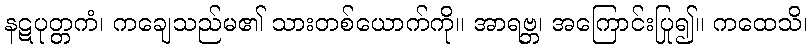
နဋပုတ္တကံ၊ ကချေသည်မ၏ သားတစ်ယောက်ကို။ အာရဗ္ဘ၊ အကြောင်းပြု၍။ ကထေသိ၊